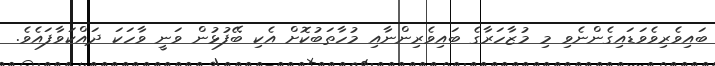
ބައިވެރިވެވަޑައިގެންނެވި މި މުޒާހަރާގެ ބައިވެރިންނާއި މުހާތަބުކޮށް އެކި ބޭފުޅުން ވަނީ ވާހަކަ ދައްކަވާފައެވެ.